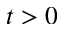
t > 0